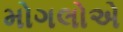
મોગલોએ